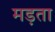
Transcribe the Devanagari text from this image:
मड़ता